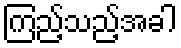
ကြည့်သည့်အခါ